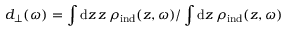
d _ { \perp } ( \omega ) = \int \mathrm { d } z \, z \, \rho _ { \mathrm { i n d } } ( z , \omega ) / \int \mathrm { d } z \, \rho _ { \mathrm { i n d } } ( z , \omega )